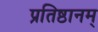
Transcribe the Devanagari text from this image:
प्रतिष्ठानम्